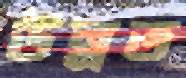
উন্নত